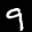
Label: 9